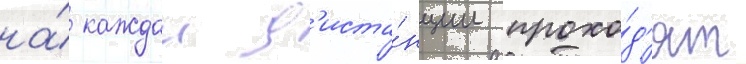
на́ каждои д'иста́нции прохо́д'ят